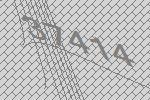
37414